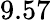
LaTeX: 9.57